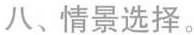
八、情景选择。